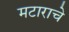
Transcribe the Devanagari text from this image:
मटाराचे